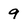
Character: 9